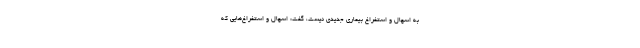
به اسهال و استفراغ بیماری جدیدی نیست،‌ گفت: اسهال و استفراغ‌هایی که